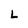
Character: L